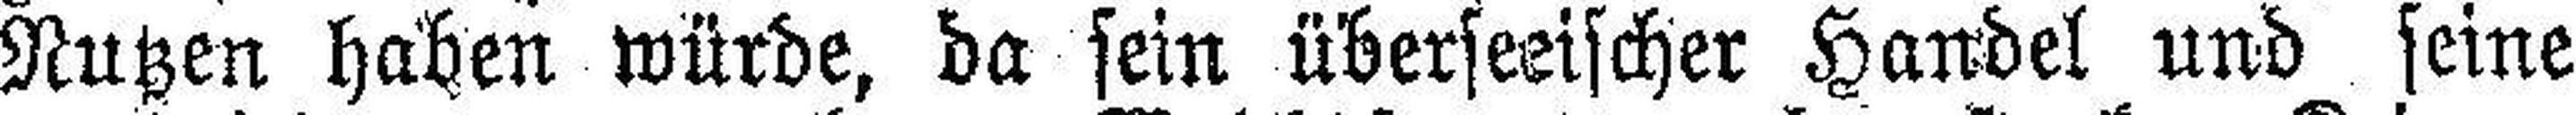
Nutzen haben würde, da sein überseeischer Handel und seine